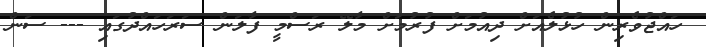
ހައްޖުވެރިން ހުޅުލެއަށް ދިއުމަށް ފުރުމަށް މާލޭ ރަސްމީ ފާލަން ސަރަހައްދުގައި --- ސަން